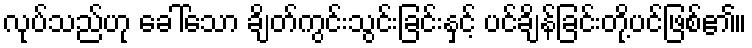
လုပ်သည်ဟု ခေါ်သော ချိတ်ကွင်းသွင်းခြင်းနှင့် ပင်ချိန်ခြင်းတို့ပင်ဖြစ်၏။